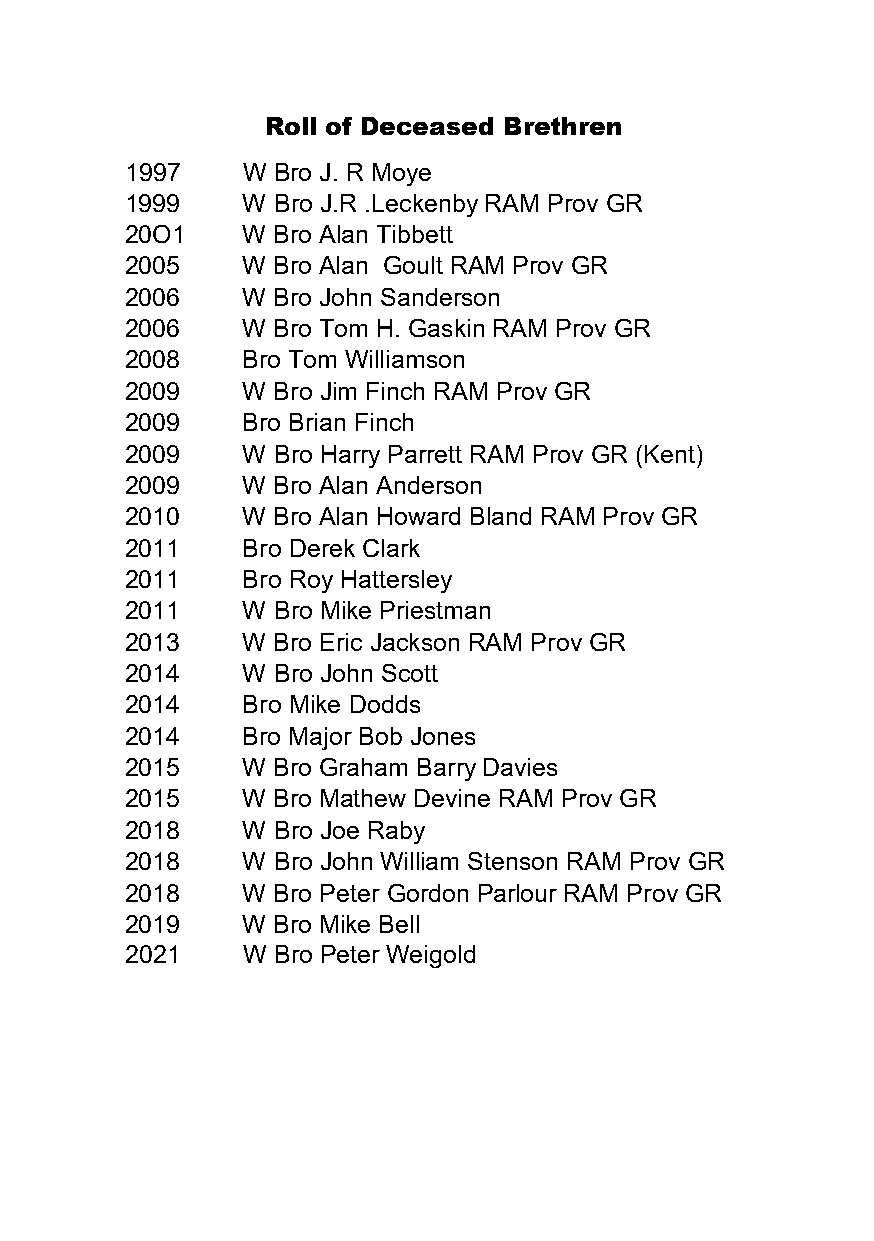
Roll of Deceased Brethren
 1997    W Bro J. R Moye
 1999    W Bro J.R .Leckenby RAM Prov GR
 20O1    W Bro Alan Tibbett
 2005    W Bro Alan Goult RAM Prov GR
 2006    W Bro John Sanderson
 2006    W Bro Tom H. Gaskin RAM Prov GR
 2008    Bro Tom Williamson
 2009    W Bro Jim Finch RAM Prov GR
 2009    Bro Brian Finch
 2009    W Bro Harry Parrett RAM Prov GR (Kent)
 2009    W Bro Alan Anderson
 2010    W Bro Alan Howard Bland RAM Prov GR
 2011    Bro Derek Clark
 2011    Bro Roy Hattersley
 2011    W Bro Mike Priestman
 2013    W Bro Eric Jackson RAM Prov GR
 2014    W Bro John Scott
 2014    Bro Mike Dodds
 2014    Bro Major Bob Jones
 2015    W Bro Graham Barry Davies
 2015    W Bro Mathew Devine RAM Prov GR
 2018    W Bro Joe Raby
 2018    W Bro John William Stenson RAM Prov GR
 2018    W Bro Peter Gordon Parlour RAM Prov GR
 2019    W Bro Mike Bell
 2021    W Bro Peter Weigold